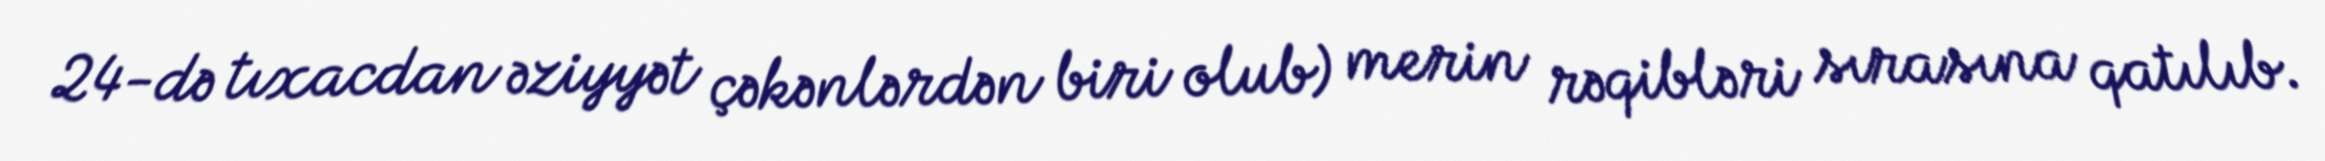
24-də tıxacdan əziyyət çəkənlərdən biri olub) merin rəqibləri sırasına qatılıb.